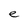
Character: e